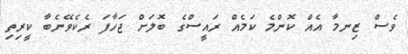
ވެސް ޒިނމާ އެއް ކޮންމެ ކަމެއް ރައީސްގެ ބޮލަށް ޖަހާފަ ރެކެވޭނެބާ ކީރިތި